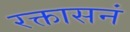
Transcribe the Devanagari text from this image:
रक्तासनं